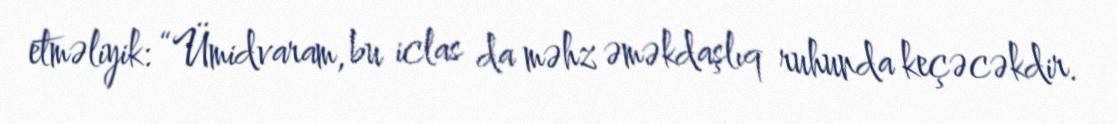
etməliyik: “Ümidvaram, bu iclas da məhz əməkdaşlıq ruhunda keçəcəkdir.